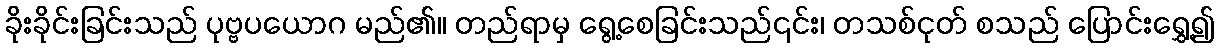
ခိုးခိုင်းခြင်းသည် ပုဗ္ဗပယောဂ မည်၏။ တည်ရာမှ ရွေ့စေခြင်းသည်၎င်း၊ တသစ်ငုတ် စသည် ပြောင်းရွှေ့၍